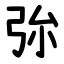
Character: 㢱